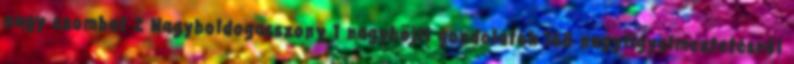
nagy szombat 2 Nagyboldogasszony 1 nagyböjti gondolatok 168 nagyfigyelmeztetésről